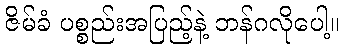
ဇိမ်ခံ ပစ္စည်းအပြည့်နဲ့ ဘန်ဂလိုပေါ့။